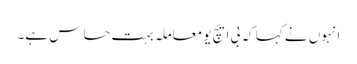
انہوں نے کہا کہ بی ایچ یو معاملہ بہت حساس ہے۔